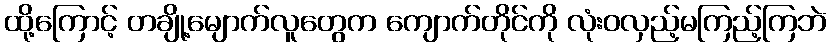
ထို့ကြောင့် တချို့မျောက်လူတွေက ကျောက်တိုင်ကို လုံးဝလှည့်မကြည့်ကြဘဲ